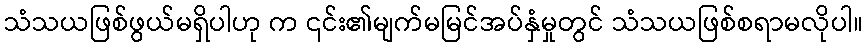
သံသယဖြစ်ဖွယ်မရှိပါဟု က ၎င်း၏မျက်မမြင်အပ်နှံမှုတွင် သံသယဖြစ်စရာမလိုပါ။